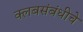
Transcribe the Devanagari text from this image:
क्लबसंबंधीचे